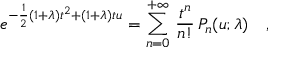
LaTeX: e ^ { - \frac { 1 } { 2 } ( 1 + \lambda ) t ^ { 2 } + ( 1 + \lambda ) t u } = \sum _ { n = 0 } ^ { + \infty } \, \frac { t ^ { n } } { n ! } \, P _ { n } ( u ; \lambda ) \ \ \ ,